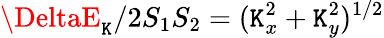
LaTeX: \DeltaE_{\mathtt{K}}/2S_{1}S_{2}=(\mathtt{K}_{x}^{2}+\mathtt{K}_{y}^{2})^{1/2}